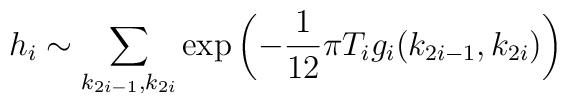
h_i\sim\sum_{k_{2i-1},k_{2i}}\exp \left(-\frac{1}{12}\pi T_i g_i (k_{2i-1},k_{2i})\right)